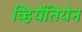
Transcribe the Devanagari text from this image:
व्हियेंतियेन